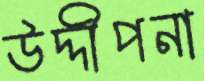
উদ্দীপনা